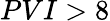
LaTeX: PVI>8